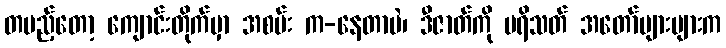
တပည့်တော့ ကျောင်းတိုက်မှာ အစမ်း က-နေတာပဲ၊ ဒီဇာတ်ကို ပရိသတ် အတော်များများက